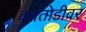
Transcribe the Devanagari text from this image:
वृक्षतोडीवर